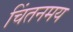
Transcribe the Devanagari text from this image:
चिंतनमय